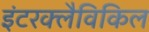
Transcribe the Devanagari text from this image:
इंटरक्लैविकिल